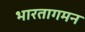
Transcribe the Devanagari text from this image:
भारतागमन